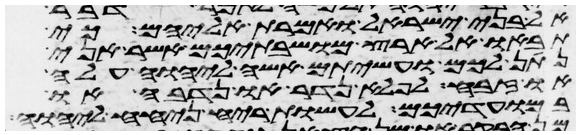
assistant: אל בני ישראל ואמרת אליהם כי
תבאו אל ארץ מושבתיכם אשר אני
נתן לכם ועשיתם אשה ליהוה עלה
או זבח לפלא נדר או נדבה או
במועדיכם לעשות ריח ניחח ליהוה